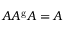
A A ^ { \mathrm { g } } A = A